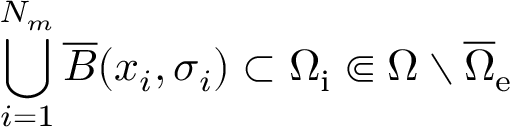
\bigcup _ { i = 1 } ^ { N _ { m } } \overline { { B } } ( x _ { i } , \sigma _ { i } ) \subset \Omega _ { \mathrm { i } } \Subset \Omega \setminus \overline { { \Omega } } _ { \mathrm { e } }